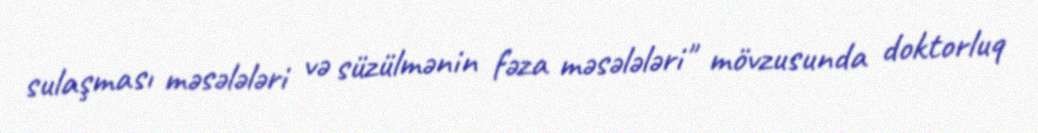
sulaşması məsələləri və süzülmənin fəza məsələləri" mövzusunda doktorluq